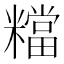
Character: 𥼽